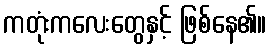
ကတုံးကလေးတွေနှင့် ဖြစ်နေ၏။